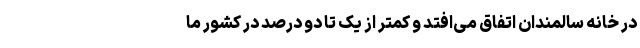
در خانه سالمندان اتفاق می‌افتد و کمتر از یک تا دو درصد در کشور ما